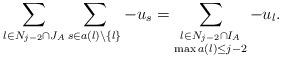
LaTeX: \begin{align*} \sum_{l \in N_{j-2} \cap J_A } \sum_{ s \in a (l) \setminus \{ l \} } - u_s = \sum_{ \substack{l \in N_{j-2} \cap I_A \\ \max{a(l)} \leq j-2}} - u_l.\end{align*}